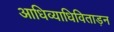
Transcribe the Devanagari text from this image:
आधिव्याधिविताड़न